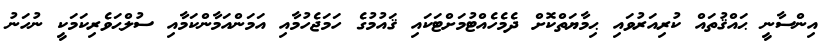
އިންސާނީ ޙައްޤުތައް ކުރިއަރުވައި ޙިމާޔަތްކޮށް ދެމެހެއްޓުމަށްޓަކައި ޤައުމުގެ ހަމަޖެހުމާއި އަމަންއަމާންކަމާއި ސުލްޙަވެރިކަމަކީ ނުހަނު